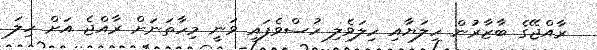
ރާއްޖޭގެ ބާޒާރުން ހިލަޔާއި ހިލަވެލި ހުސްވެފައި ވަނީ މިހާތަނަށް ރާއްޖެ އަށް ހިލަ